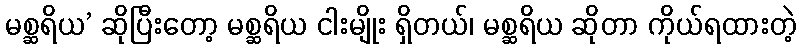
မစ္ဆရိယ’ ဆိုပြီးတော့ မစ္ဆရိယ ငါးမျိုး ရှိတယ်၊ မစ္ဆရိယ ဆိုတာ ကိုယ်ရထားတဲ့